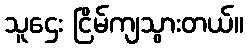
သူဌေး ငြိမ်ကျသွားတယ်။